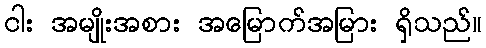
ငါး အမျိုးအစား အမြောက်အမြား ရှိသည်။